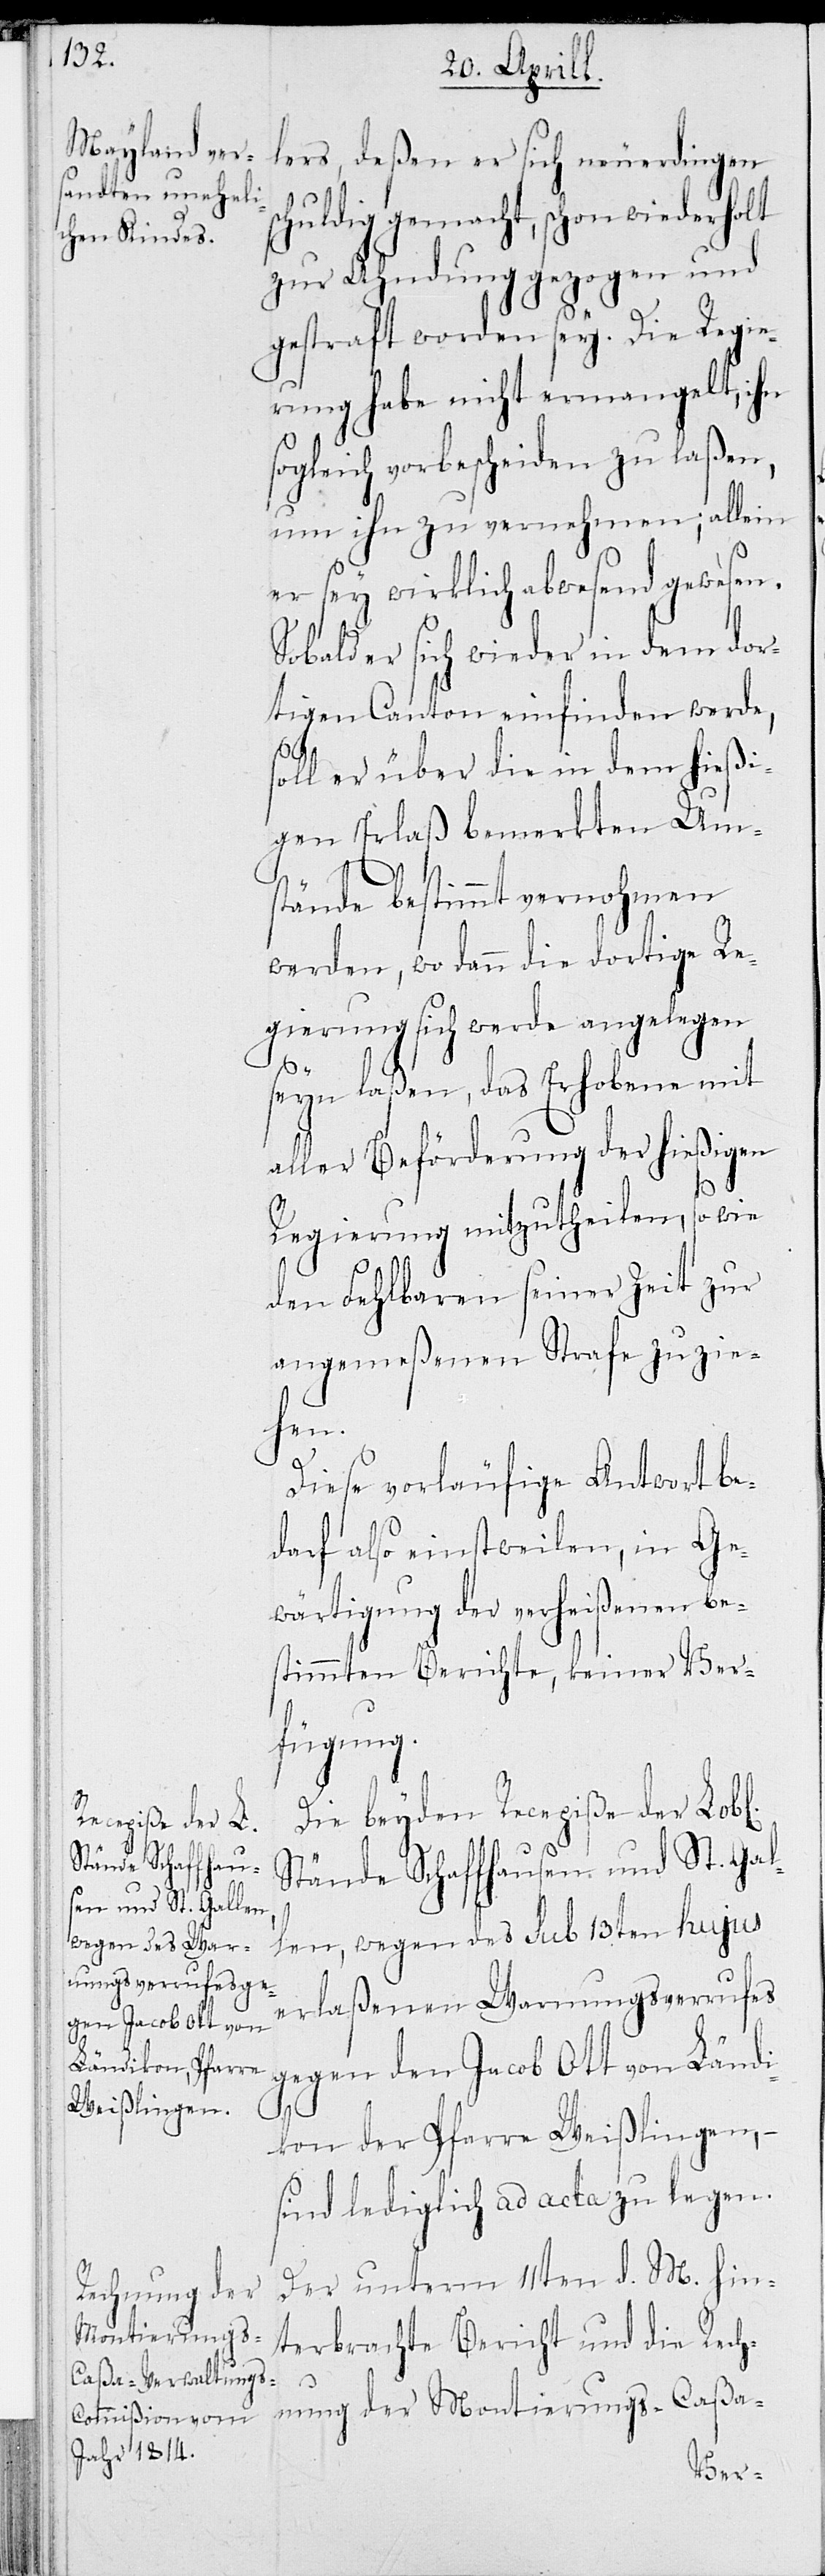
lers, deßen er sich neuerdingen
schuldig gemacht, schon wiederholt
zur Ahndung gezogen und
gestraft worden sey. Die Regie¬
rung habe nicht ermangelt, ihn
sogleich verbescheiden zu laßen,
um ihn zu vernehmen; allein
er sey wirklich abwesend gewesen.
Sobald er sich in dem dor¬
tigen Canton wieder finden werde,
oll er über die in dem hießi¬
gen Erlaß bemerkten Ums¬
tände bestimmt vernohmen
werden, wo dann die dortige Re¬
gierung sich werde angelegen
s¬
seyn laßen, das Erhobene mit
aller Beförderung der hießigen
Regierung mitzutheilen, so wie
den Fehlbaren seiner Zeit zur
angemeßenen Strafe zu zie¬
hen.
Diese vorläufige Antwort be¬
darf also einstweilen, in Ge¬
wärtigung der verheißenen be¬
stimmten Berichte, keiner Ver¬
fügung.
Die beyden Recepiße der Lobl.
Stände Schaffhausen und St. Gal¬
len, wegen des sub 13ten hujus
erlaßenen Warnungsverrufs
gegen den Jacob Ott von Ländi¬
kon der Pfarre Weißlingen, –
sind lediglich ad acta zu legen.
Der unterm 11ten d. M. hin¬
terbrachte Bericht und die Rech¬
nung der Montierungs-Caßa-